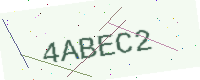
Text: 4ABEC2